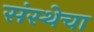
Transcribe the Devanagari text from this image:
संस्‍थेचा